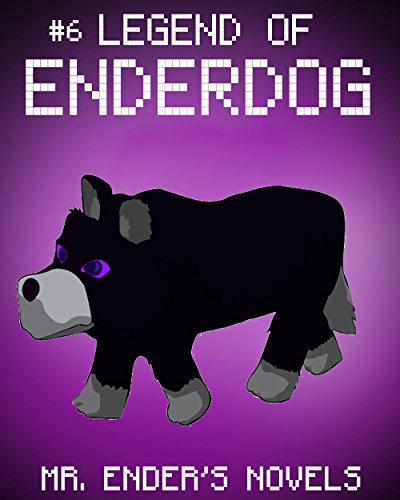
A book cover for Legend of EnderDog: Mr. Ender's Novels (ENDER SERIES #6); Mr. Ender; Children's Books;